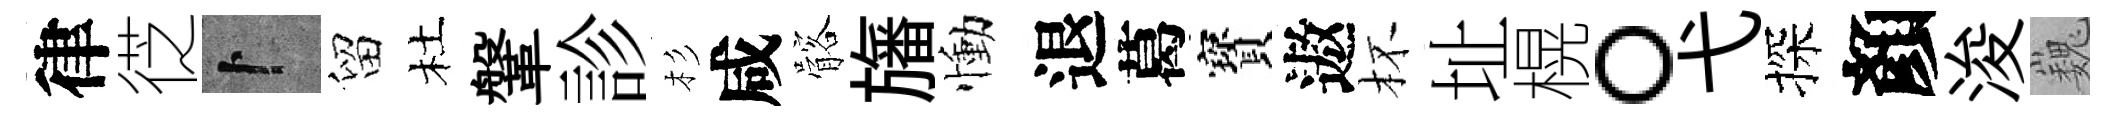
律徔卜留杜鞶診杉咸髂旛慟退葛寳遨杯址榥。弋探顏浚巍